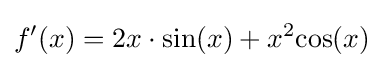
f'(x)=2x\cdot {\text{sin}}(x)+x^{2}{\text{cos}}(x)